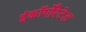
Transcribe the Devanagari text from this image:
इंकॉर्पोरेटेड